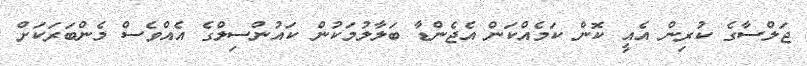
ޖަލްސާގެ ކުރިން އެއީ ކޮން ކަމެއްކަން އެޖެންޑާ ބަލާލުމަކުން ކައުންސިލްގެ އެއްވެސް މެންބަރަކަށް